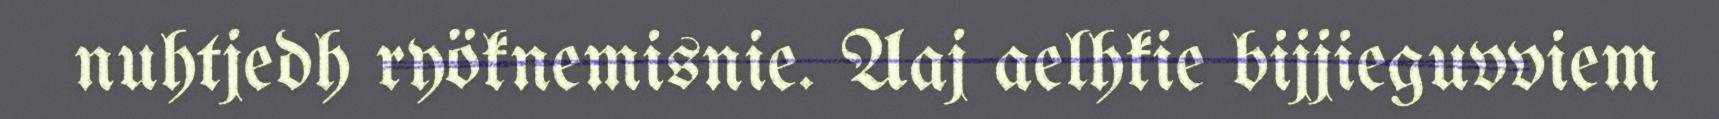
nuhtjedh ryöknemisnie. Aaj aelhkie bijjieguvviem